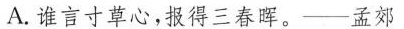
A.谁言寸草心，报得三春晖。——孟郊